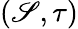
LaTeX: (\mathscr{S},\tau)